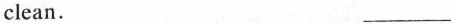
clean. ___